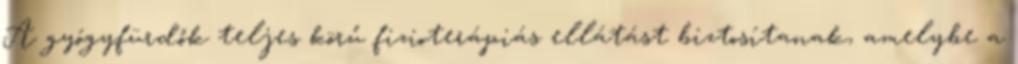
A gyógyfürdők teljes körű fizioterápiás ellátást biztosítanak, amelybe a